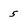
Character: 5